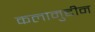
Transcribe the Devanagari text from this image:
कलामुद्दीन